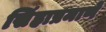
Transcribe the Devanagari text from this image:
सिंहाप्रमाणे